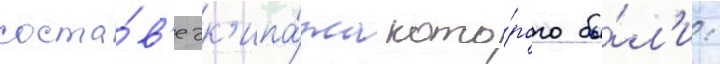
соста́в'е эк'ипа́жа кото́рого бы́л'и: